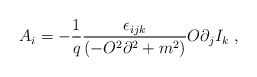
\begin{align*}A_{i}=-\frac{1}{q}\frac{\epsilon _{ijk}}{\left( -O^{2}\partial^{2}+m^{2}\right) }O\partial _{j}I_{k}\;, \end{align*}